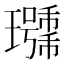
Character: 𰢖